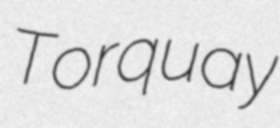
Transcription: Torquay